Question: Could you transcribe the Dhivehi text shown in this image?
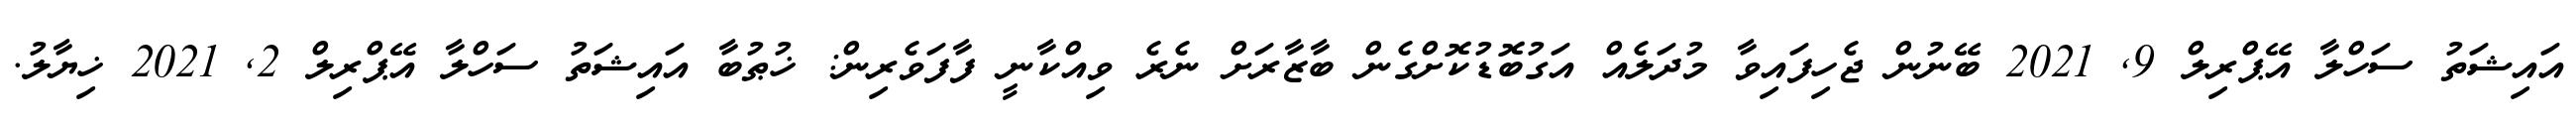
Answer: އައިޝަތު ސަހްލާ އޭޕްރިލް 9, 2021 ބޭނުން ޖެހިފައިވާ މުދަލެއް އަގުބޮޑުކޮށްގެން ބާޒާރަށް ނެރެ ވިއްކާނީ ފާފަވެރިން: ޚުޠުބާ އައިޝަތު ސަހްލާ އޭޕްރިލް 2, 2021 ޚިޔާލު.